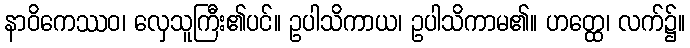
နာဝိကေဿဝ၊ လှေသူကြီး၏ပင်။ ဥပါသိကာယ၊ ဥပါသိကာမ၏။ ဟတ္ထေ၊ လက်၌။